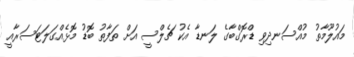
މައުލޫމާތު މުއްސަނދިވި ޑްރޮގްބާގެ ލަނޑާ އެކު ޗެލްސީ އަށް ތަފާތު ބޮޑު މޮޅެއްގަލަޓަސަރާއީ